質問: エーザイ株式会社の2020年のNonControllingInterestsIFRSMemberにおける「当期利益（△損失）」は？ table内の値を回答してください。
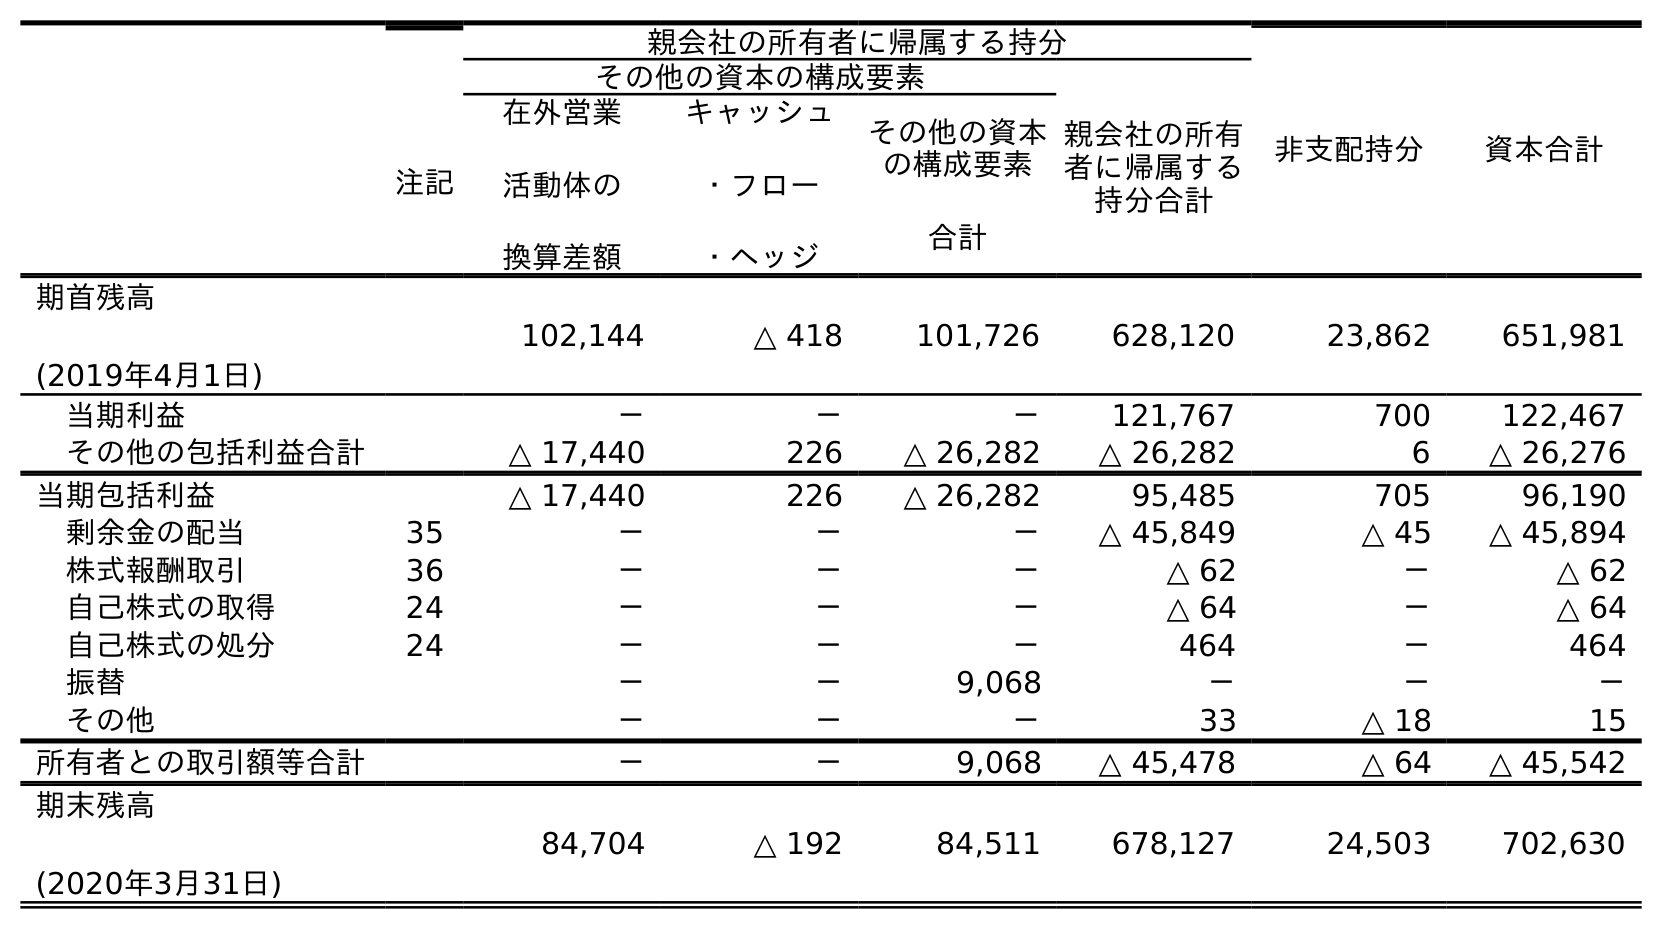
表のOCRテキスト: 注記 親会社の所有者に帰属する持分 非支配持分 資本合計 その他の資本の構成要素 親会社の所有 者に帰属する 持分合計 在外営業 活動体の 換算差額 キャッシュ ・フロー ・ヘッジ その他の資本 の構成要素 合計 期首残高 (2019年4月1日) 102,144 △ 418 101,726 628,120 23,862 651,981 当期利益 － － － 121,767 700 122,467 その他の包括利益合計 △ 17,440 226 △ 26,282 △ 26,282 6 △ 26,276 当期包括利益 △ 17,440 226 △ 26,282 95,485 705 96,190 剰余金の配当 35 － － － △ 45,849 △ 45 △ 45,894 株式報酬取引 36 － － － △ 62 － △ 62 自己株式の取得 24 － － － △ 64 － △ 64 自己株式の処分 24 － － － 464 － 464 振替 － － 9,068 － － － その他 － － － 33 △ 18 15 所有者との取引額等合計 － － 9,068 △ 45,478 △ 64 △ 45,542 期末残高 (2020年3月31日) 84,704 △ 192 84,511 678,127 24,503 702,630
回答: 700